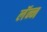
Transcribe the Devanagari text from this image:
लॅन्न